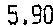
5.90